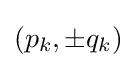
\textstyle (p_{k},\pm q_{k})